Indian Medical Review
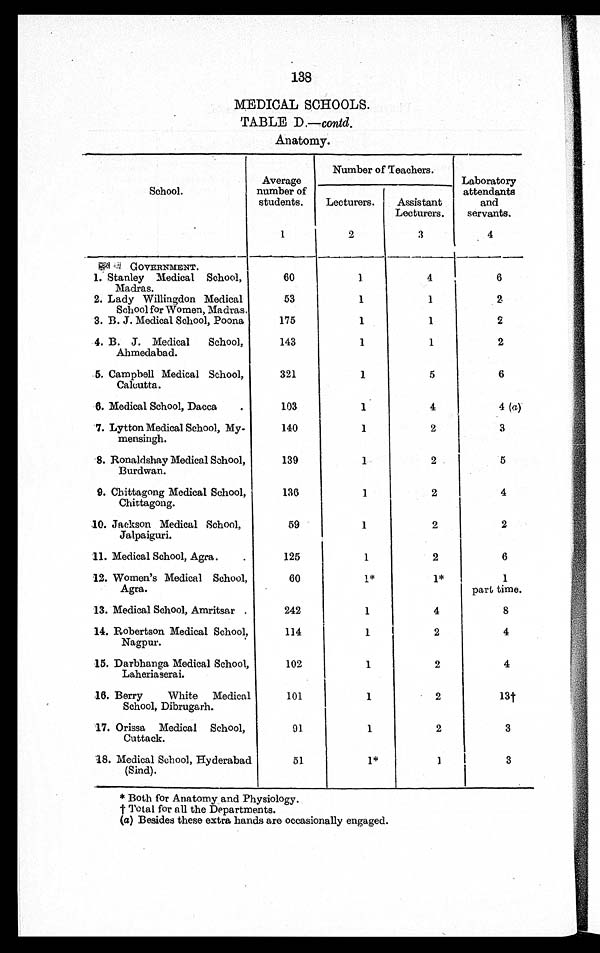
138
MEDICAL SCHOOLS.
TABLE D.—contd.
Anatomy.
School.
Average
number of
students.
1
Number of Teachers.
Laboratory
attendants
and
servants.
4
Lecturers.
2
Assistant
Lecturers.
3
GOVERNMENT.
1. Stanley Medical School,
Madras.
60
1
4
6
2. Lady Willingdon Medical
School for Women, Madras.
53
1
1
2
3. B. J. Medical School, Poona
175
1
1
2
4. B. J. Medical School,
Ahmedabad.
143
1
1
2
5. Campbell Medical School,
Calcutta.
321
1
5
6
6. Medical School, Dacca.
103
1
4
4 (a)
7. Lytton Medical School, My-
mensingh.
140
1
2
3
8 Ronaldshay Medical School,
Burdwan.
139
1
2
5
9. Chittagong Medical School,
Chittagong.
136
1
2
4
10. Jackson Medical School,
Jalpaiguri.
59
1
2
2
11. Medical School, Agra.
125
1
2
6
12. Women's Medical School,
Agra.
60
1*
1*
1
part time.
13. Medical School, Amritsar.
242
1
4
8
14. Robertson Medical School,
Nagpur.
114
1
2
4
15. Darbhanga Medical School,
Laheriaserai.
102
1
2
4
16. Berry White Medical
School, Dibrugarh.
101
1
2
13†
17. Orissa Medical School,
Cuttack.
91
1
2
3
18. Medical School, Hyderabad
(Sind).
51
1*
1 3
* Both for Anatomy and Physiology.
† Total for all the Departments.
(a) Besides these extra hands are occasionally engaged.